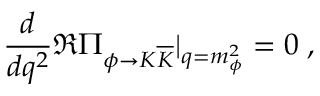
\frac { d } { d q ^ { 2 } } \Re \Pi _ { \phi \to K \overline { { { K } } } } | _ { q = m _ { \phi } ^ { 2 } } = 0 \; ,